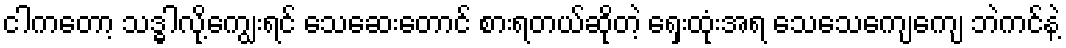
ငါကတော့ သဒ္ဓါလို့ကျွေးရင် သေဆေးတောင် စားရတယ်ဆိုတဲ့ ရှေးထုံးအရ သေသေကျေကျေ ဘဲကင်နဲ့